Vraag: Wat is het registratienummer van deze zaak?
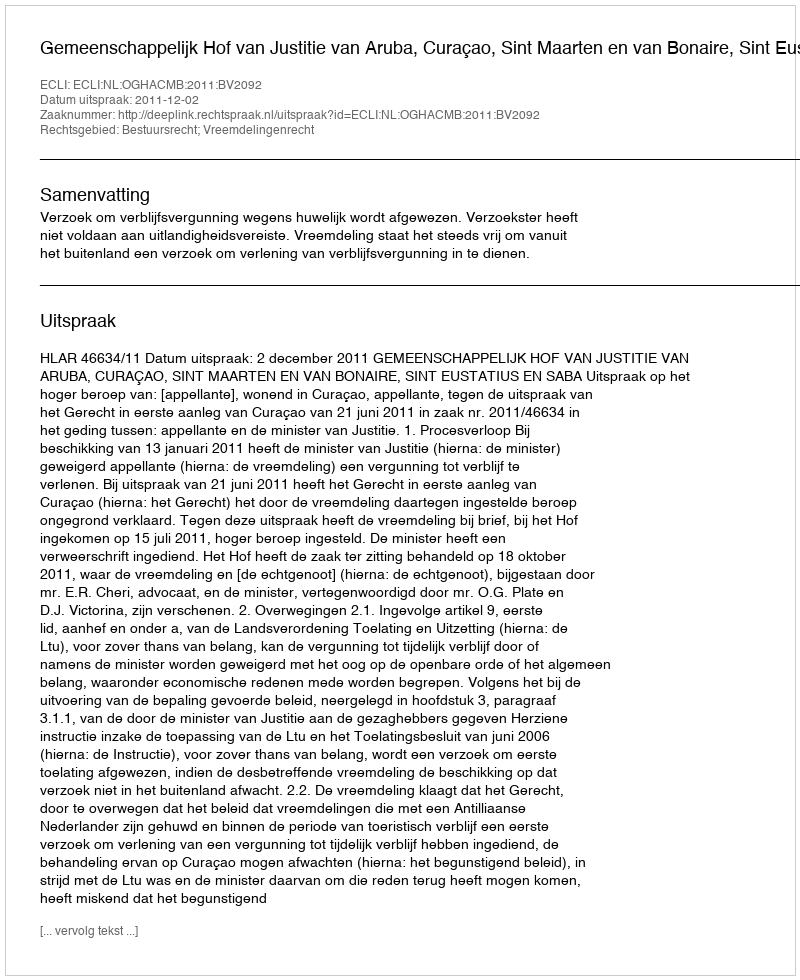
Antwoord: http://deeplink.rechtspraak.nl/uitspraak?id=ECLI:NL:OGHACMB:2011:BV2092